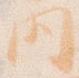
内